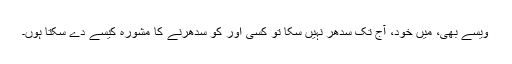
ویسے بھی، میں خود، آج تک سدھر نہیں سکا تو کسی اور کو سدھرنے کا مشورہ کیسے دے سکتا ہوں۔